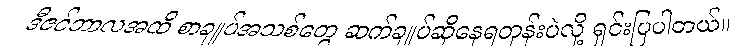
ဒီဇင်ဘာလအထိ စာချုပ်အသစ်တွေ ဆက်ချုပ်ဆိုနေရတုန်းပဲလို့ ရှင်းပြပါတယ်။